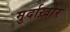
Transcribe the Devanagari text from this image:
मुर्दाख़ोर